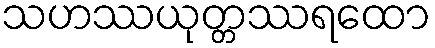
သဟဿယုတ္တဿရထော